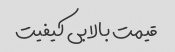
قیمت بالا بی کیفیت